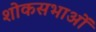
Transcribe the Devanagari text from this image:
शोकसभाओं